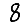
Digit: 8